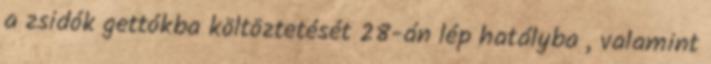
a zsidók gettókba költöztetését 28-án lép hatályba , valamint